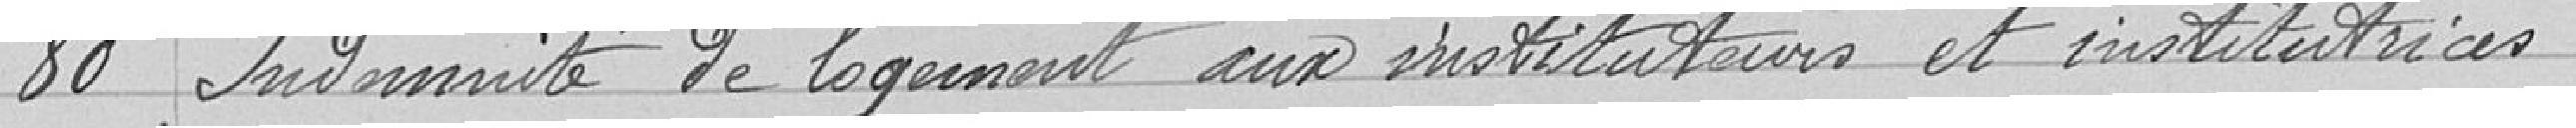
80 Indemnité de logement aux instituteurs et institutrices